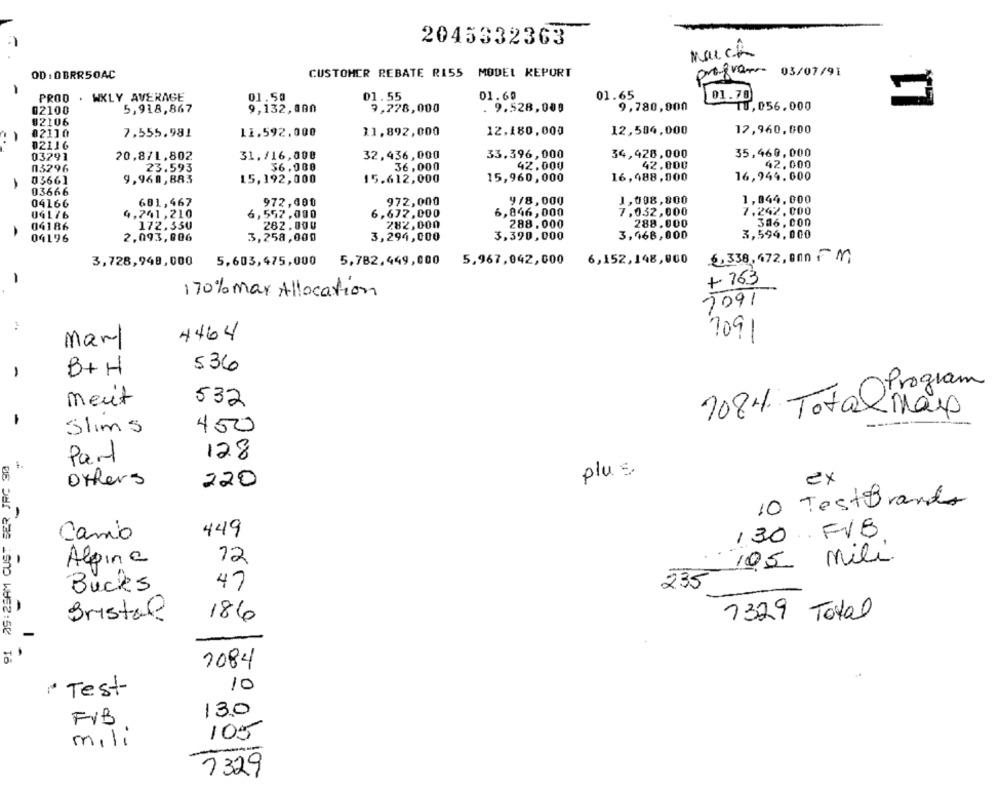
2045332363
March
OD : 0BRR50AC
CUSTOMER REBATE RIS5
MODEL REPORT
profvar 03/07/91
01.55
01.60
01.65
01.78
PROD . WKLY AVERAGE
01.50
02100
5,918,867
9,132,800
9,778,000
. 9.528,000
9,780,000
10, 056.000
02106
02110
7,555.981
11.592,000
11.892,000
12.180,000
12,504,000
12,960,000
02116
03291
20,871,802
31./16,008
32,436,000
33.396,000
34,428,000
35,460,000
23.593
36.000
36,000
42.000
42,000
42,000
03296
1
03661
9,960,883
15,192,000
15.612,000
15,960, 000
16,488,000
16,944.000
03666
1,844,000
04166
601,467
972,400
972,000
9/8,000
1,008,800
04L76
4,741,210
6,557,000
6,672,000
6,846, 000
7,032,000
7.242.000
396.000
04186
172.330
262.000
282,000
288.000
288.000
2,093,006
3,294,000
3,390,000
3,468,000
3,594,000
04196
3,258,000
3,728,948,000
5,603,475,000
5,782,449,000
5,967,042,000
6,152,148,000
2,338, 472, 000 FM
-
+ 763
170% may Allocation
7091
4464
7091
Marul
B+H
536
-
Program
meut
532
7084 Total Mais
-
Slims
450
Part
128
plus
offers
220
ex
10 TestBrands
Camio
449
130.FVB
Alpina
12
mili
105
47
235
Bucks
Bristal
186
1329 Total
1084
10
* Test
130
FVB
105
mili
1329